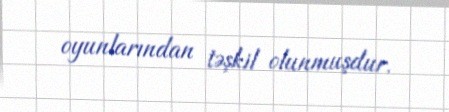
oyunlarından təşkil olunmuşdur.